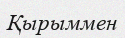
Қырыммен